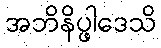
အဘိနိပ္ဖါဒေသိ